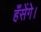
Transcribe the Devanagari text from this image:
हँसेंगे।